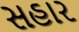
સહાર